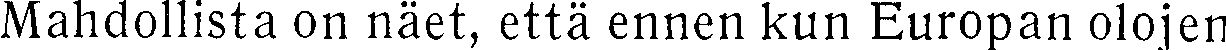
Mahdollista on näet, että ennen kun Europan olojen